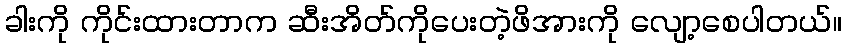
ခါးကို ကိုင်းထားတာက ဆီးအိတ်ကိုပေးတဲ့ဖိအားကို လျော့စေပါတယ်။